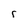
Character: r